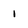
Character: 1